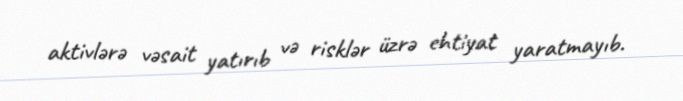
aktivlərə vəsait yatırıb və risklər üzrə ehtiyat yaratmayıb.